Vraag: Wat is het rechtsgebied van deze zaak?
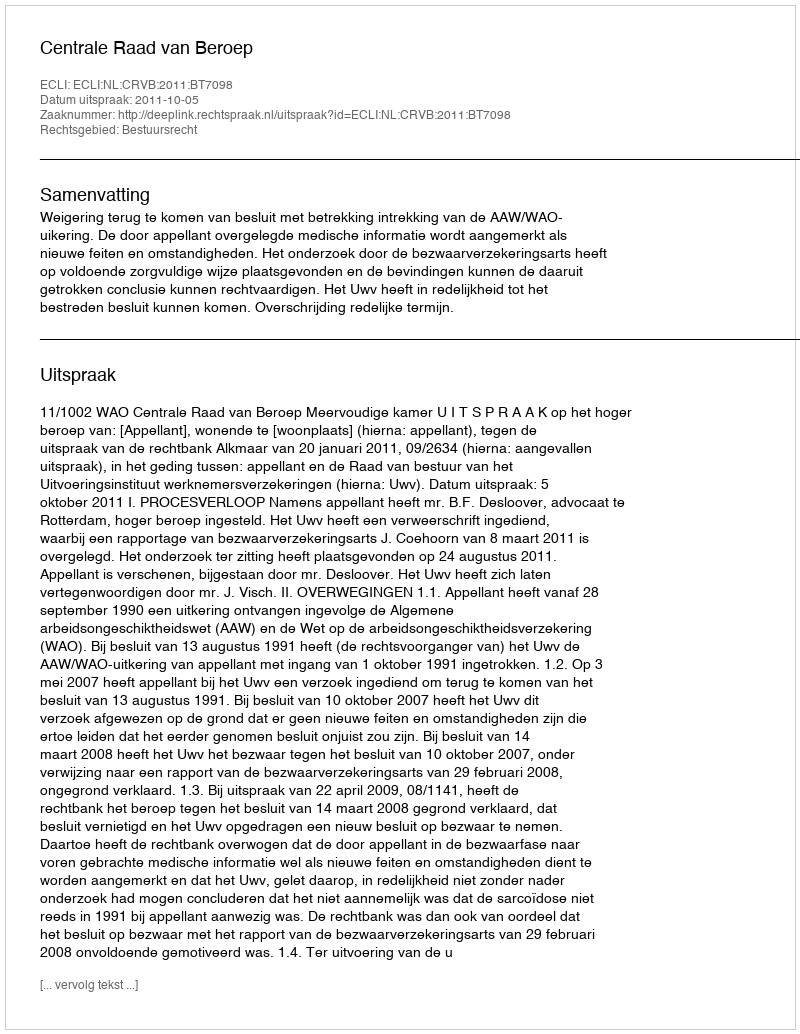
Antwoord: Bestuursrecht